King Institute of Preventive Medicine Micro-Biological Section reports 1909-11
Year: 1909
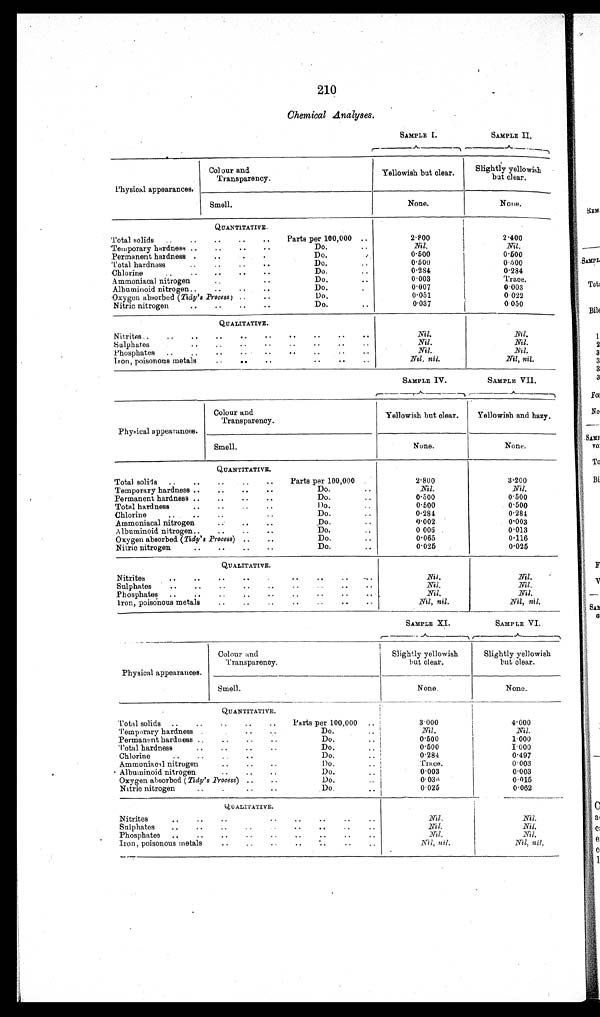
SAMPLE VI.
SAMPLE XI.
210
Chemical Analyses.
SAMPLE I.
SAMPLE II.
Physical appearances.
Colour
and
Transparency.
Yellowish but clear.
Slightly yellowish
but clear.
Smell.
None.
None.
QUANTITATIVE.
Total solids
..
..
..
..
..
Parts per 100,000 ..
2.800
2.400
Temporary hardness ..
..
..
..
Do. ..
Nil.
Permanent hardness .
..
Do..
0.500
0.500
Total hardness
..
..
..
..
Do. .. 0.500
0.500
Chlorine..
..
..
..
Do.
..
0.284
0.284
A m m o n i c a l N i t r o g e n . .
Do. . .
0.003
Trace.
Albuminoid nitrogen..
..
..
. .
Do.
..
0.007
0.003
Oxygen absorbed (Tidy's Process) ..
..
Do.
0.051
0.022
Nitric nitrogen
..
..
..
..
Do. .. 0.037
0.050
QUALITATIVE.
Nitrites..
..
..
..
..
. .
..
. . . . . ..
Nil.
Nil.
Sulphates
..
..
..
. .
. . . . . . .
Nil.
Nil.
Phosphates
..
..
..
. . ..
. . .. .. ..
Nil.
Nil.
Iron, poisonous metals
..
..
..
..
..
Nil, nil.
Nil, nil.
SAMPLE IV.
SAMPLE VII.
Physical appearances.
Colour and
Transparency.
Yellowish but clear.
Yellowish and hazy.
Smell.
None.
None.
QUANTITATIVE.
Total solids ..
..
..
..
Parts per 100,000
2.800
3.200
Temporary hardness ..
..
..
..
Do.
..
Nil.
Nil.
Permanent hardness ..
..
..
..
Do.
0.500
0.500
Total hardness..
Do. . .
0.500
0.500
Chlorine..
Do. . .
0.284
0.284
Ammoniacal nitrogen..
Do.
0.002
0.003
A lbuminoid. nitrogen..
..
..
..
Do. ..
0 . 0 0 6 0.013
Oxygen absorbed (Tidy's Process) ..
..
Do. ..
0.065
0.116
Nitric nitrogen..
Do. . .
0.025
0.025
QUALITATIVE.
Nitrites
..
..
..
..
..
..
.. ..
Nil.
Nil.
Sulphates
..
..
..
..
..
..
..
..
Nil.
Nil.
Phosphates..
..
..
..
..
. . . . . . . .
.
Nil.
Nil.
Iron, poisonous metals
..
..
..
.. ..
..
. .
Nil, nil.
Nil, nil.
Physical appearances.
Colour and
Transparency.
Slightly yellowish
but clear.
Slightly yellowish
but clear.
Smell.
None.
None.
QUANTITATIVE.
Total solids ..
..
..
..
..
Parts per 100,000
3.000
4.000
Temporary hardness..
Do. . .
Nil.
Nil.
Permanent hardness ..
..
..
..
Do. ..
0.500
1.000
Total hardness
..
..
..
Do. ..
0.500
1.000
Chlorine..
Do. . .
0.284
0.497
Ammoniacal nitrogen.. .. ..
Do. . .
Trace.
0.003
Albuminoid nitrogen. .. ..
Dp. . .
0.003
0.003
Oxygen absorbed ( Tidy's Process) ..
..
Do.
0.036
0.015
Nitrio nitrogen..
..
Do. ..
0.025
0.062
QUALITATIVE.
Nitrites. .
..
..
..
..
..
..
..
Nil.
Nil.
Sulphates
..
..
..
..
. . . ...
Nil.
Nil.
Phosphates
..
..
..
..
..
..
..
..
..
Nil.
Nil.
Iron, poisonous metals
..
..
..
... .
. .
N i l ,
n i l .
Nil, nil.